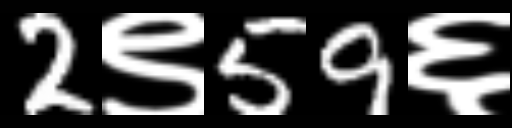
Text: 2९59६